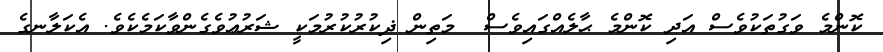
ކޮންމެ ވަގުތަކުވެސް އަދި ކޮންމެ ޙާލެއްގައިވެސް  މަތިން ޛިކުރުކުރުމަކީ ޝަރުޢުވެގެންވާކަމެކެވެ. އެކަލާނގެ